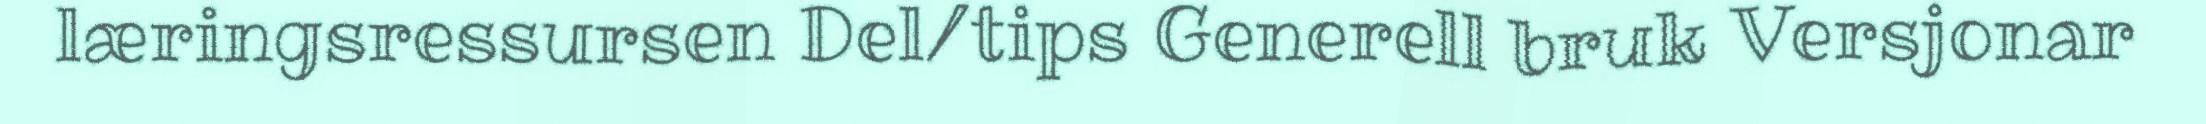
læringsressursen Del/tips Generell bruk Versjonar